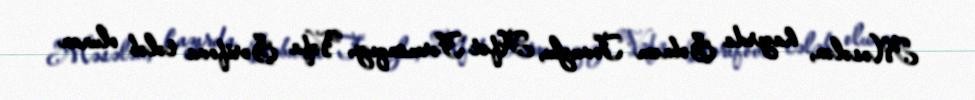
Məsələn, hazırda Şəbnəm Tovuzlu, Afət Fərmanqızı, Vəfa Şərifova tələb olunan